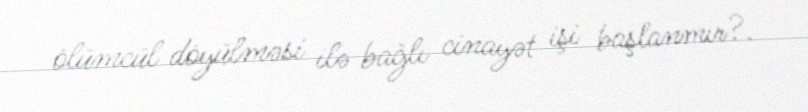
ölümcül döyülməsi ilə bağlı cinayət işi başlanmır?.